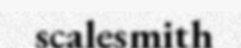
scalesmith